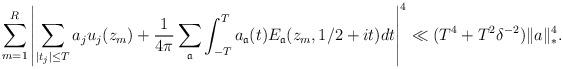
LaTeX: \begin{align*}\sum_{m=1}^{R} \left| \sum_{|t_j| \leq T} a_j u_j(z_m) + \frac{1}{4 \pi} \sum_{\mathfrak{a}} \int_{-T}^{T} a_{\mathfrak{a}}(t) E_{\mathfrak{a}}(z_m, 1/2+it) dt \right|^4 \ll (T^4 +T^2 \delta^{-2}) \|a\|_{*}^4.\end{align*}